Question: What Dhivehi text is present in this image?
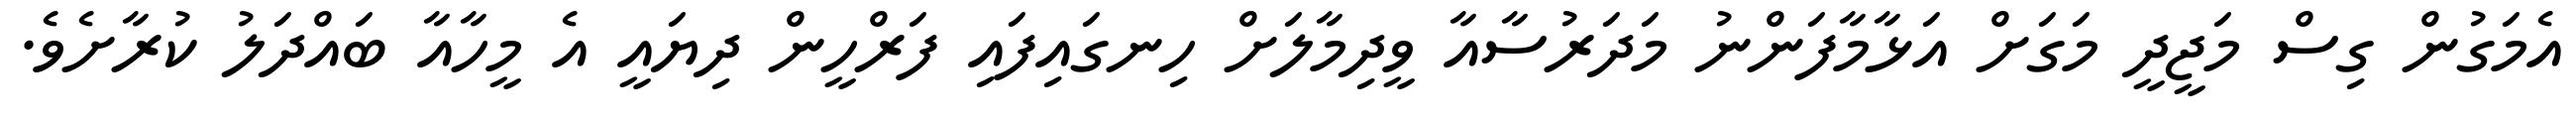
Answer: އެމަގުން ގިސް މަޖީދީ މަގަށް އަޅާމާފަންނު މަދަރުސާއާ ވީދިމާލަށް ހިނގައިފައި ފަރްހީން ދިޔައީ އެ މީހާއާ ބައްދަލު ކުރާށެވެ.